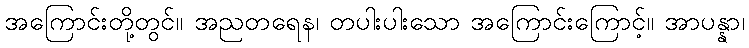
အကြောင်းတို့တွင်။ အညတရေန၊ တပါးပါးသော အကြောင်းကြောင့်။ အာပန္နာ၊